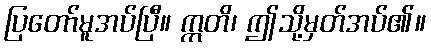
ပြတော်မူအပ်ပြီ။ ဣတိ၊ ဤသို့မှတ်အပ်၏။